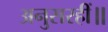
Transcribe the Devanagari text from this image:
अनुसरहीं॥